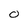
Character: 0